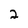
Character: 2